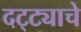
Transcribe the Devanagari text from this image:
दट्ट्याचे